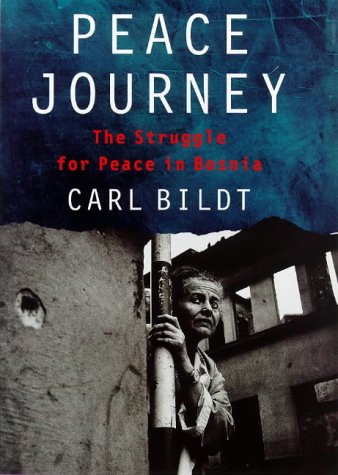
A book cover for Peace Journey: The Struggle for Peace in Bosnia; Carl Bildt; Biographies & Memoirs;